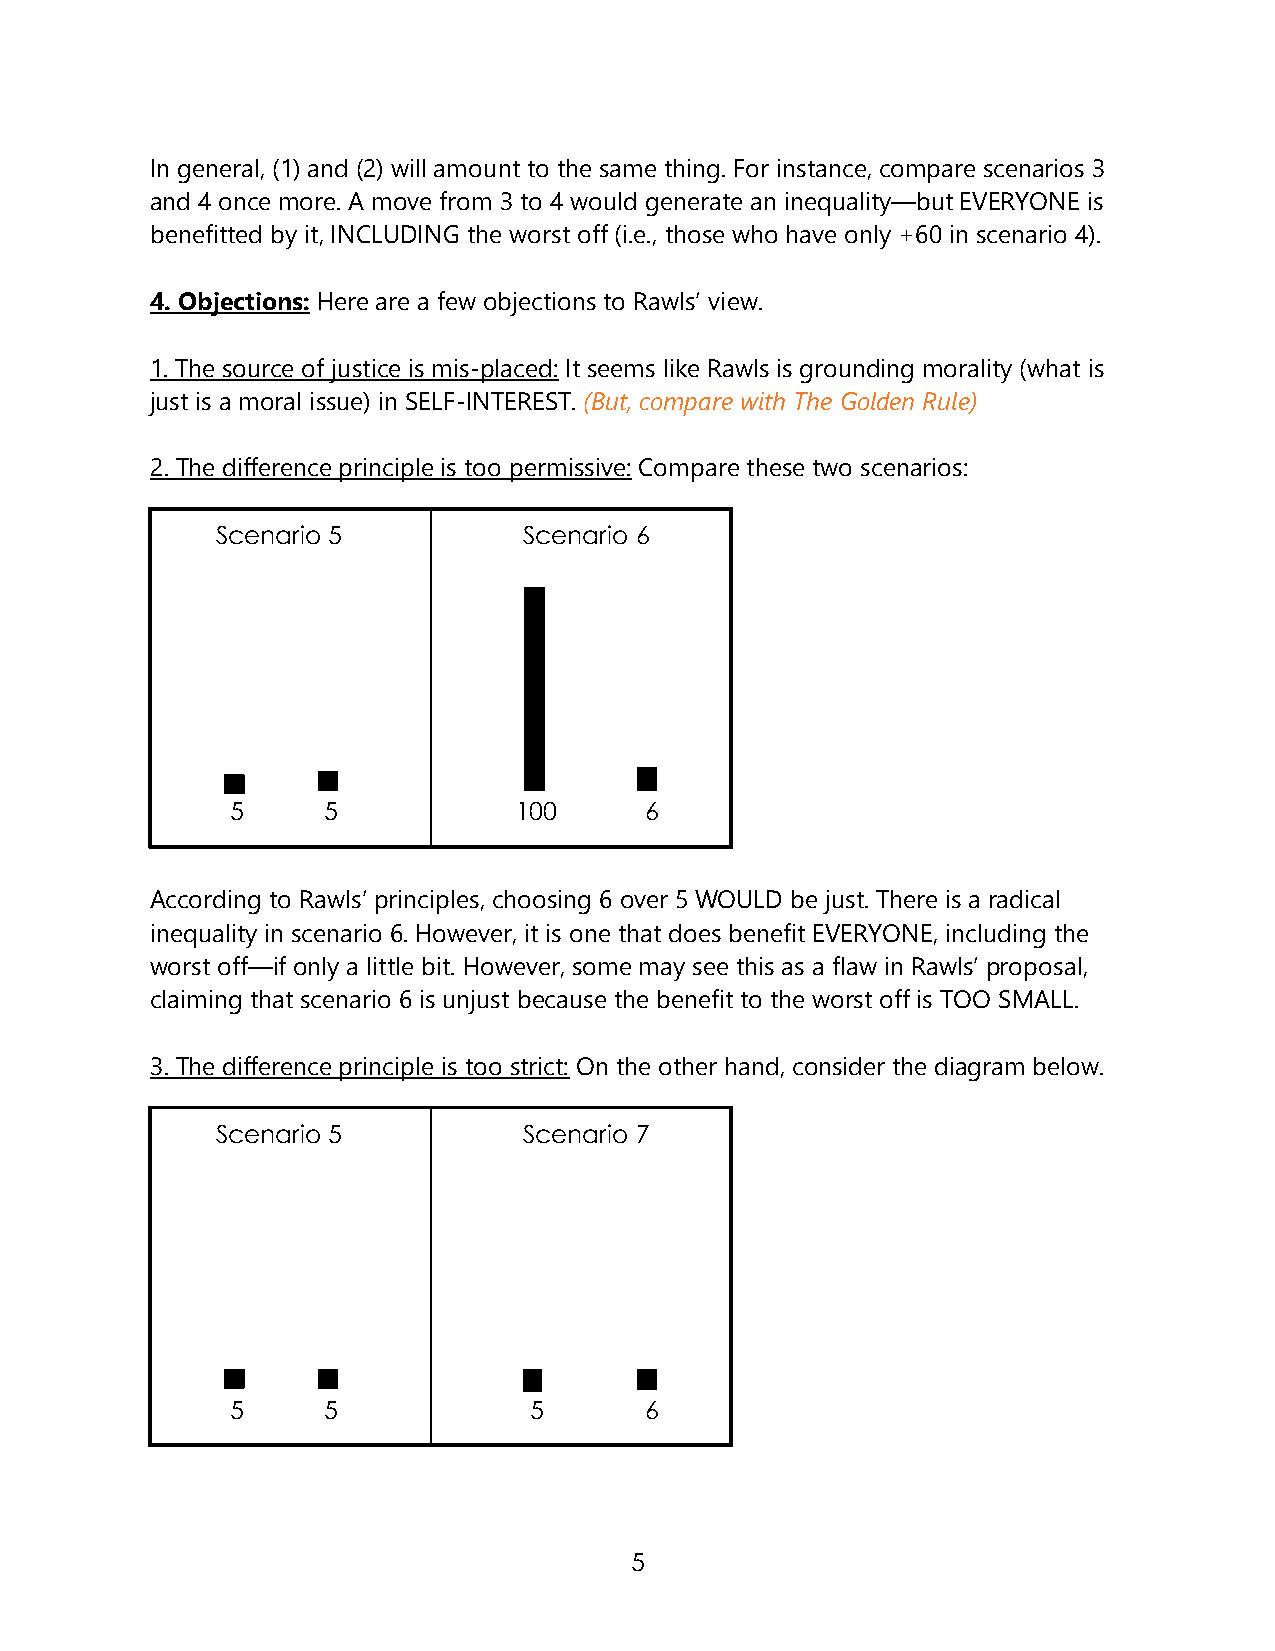
In general, (1) and (2) will amount to the same thing. For instance, compare scenarios 3
 and 4 once more. A move from 3 to 4 would generate an inequality—but EVERYONE is
 benefitted by it, INCLUDING the worst off (i.e., those who have only +60 in scenario 4).
 4. Objections: Here are a few objections to Rawls’ view.
 1. The source of justice is mis-placed: It seems like Rawls is grounding morality (what is
 just is a moral issue) in SELF-INTEREST. (But, compare with The Golden Rule)
 2. The difference principle is too permissive: Compare these two scenarios:
 Scenario 5           Scenario 6
 5     5            100      6
 According to Rawls’ principles, choosing 6 over 5 WOULD be just. There is a radical
 inequality in scenario 6. However, it is one that does benefit EVERYONE, including the
 worst off—if only a little bit. However, some may see this as a flaw in Rawls’ proposal,
 claiming that scenario 6 is unjust because the benefit to the worst off is TOO SMALL.
 3. The difference principle is too strict: On the other hand, consider the diagram below.
 Scenario 5           Scenario 7
 5     5             5       6
 5